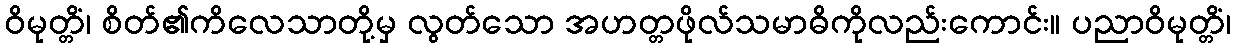
ဝိမုတ္တိံ၊ စိတ်၏ကိလေသာတို့မှ လွတ်သော အဟတ္တဖိုလ်သမာဓိကိုလည်းကောင်း။ ပညာဝိမုတ္တိံ၊